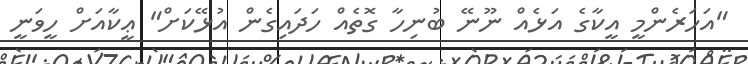
"އަހަރެންމީ އީކާގެ އަޅެއް ނޫނޭ ބުނިހާ ގޮތެއް ހަދައިގެން އުޅޭކަށް" ޢީކާއަށް ހީވަނީ